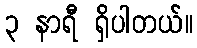
၃ နာရီ ရှိပါတယ်။